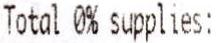
TOTAL 0% SUPPLIES: